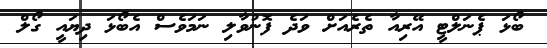
ބޯޅަ ޕެނަލްޓީ އޭރިއާ ތެރެއަށް ވަދެ ފޮނުވާލި ނަމަވެސް އެބޯޅަ ދިޔައީ ގޯލް